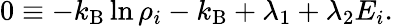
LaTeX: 0\equiv-k_{\mathrm{B}}\ln\rho_{i}-k_{\mathrm{B}}+\lambda_{1}+\lambda_{2}E_{i}.